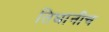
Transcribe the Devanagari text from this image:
तिघांनीच